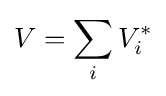
V=\sum _{i}V_{i}^{*}